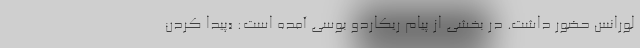
لورانس حضور داشت. در بخشی از پیام ریکاردو بوسی آمده است: «پیدا کردن